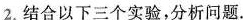
2.结合以下三个实验，分析问题。